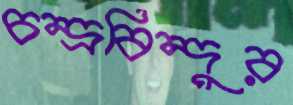
চন্দ্রবিন্দুর